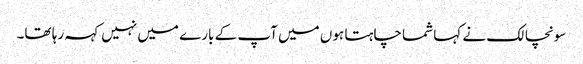
سونچالک نے کہا شما چاہتا ہوں میں آپ کے بارے میں نہیں کہہ رہا تھا۔